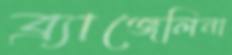
ব্র্যাঞ্জেলিনা